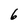
Character: 6